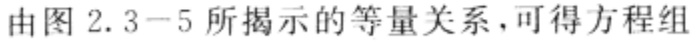
由图 2.3−5 所揭示的等量关系，可得方程组